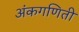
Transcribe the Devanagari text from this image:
अंकगणिती